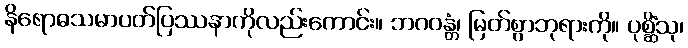
နိရောဓသမာပတ်ပြဿနာကိုလည်းကောင်း။ ဘဂဝန္တံ၊ မြတ်စွာဘုရားကို။ ပုစ္ဆိံသု၊